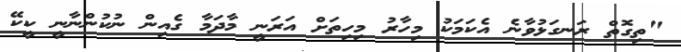
"ތިގޮތް ރަނގަޅުވާނެ އެކަމަކު މިހާރު މިހިތަށް އަރަނީ މާދަމާ ގެއިން ނުކުންނާނީ ކީކޭ